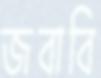
জবাবি